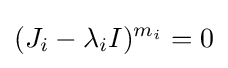
(J_{i}-\lambda _{i}I)^{m_{i}}=0